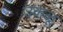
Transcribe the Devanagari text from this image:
उकळू